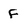
Character: f